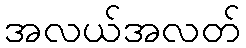
အလယ်အလတ်